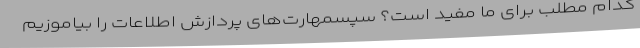
کدام مطلب برای ما مفید است؟ سپسمهارت‌های پردازش اطلاعات را بیاموزیم